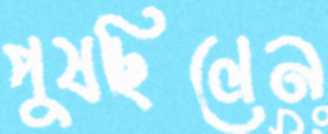
পুষছিলেন